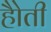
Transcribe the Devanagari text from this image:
हैोती